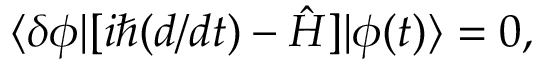
\langle \delta \phi | [ i \hbar ( d / d t ) - \hat { H } ] | \phi ( t ) \rangle = 0 ,